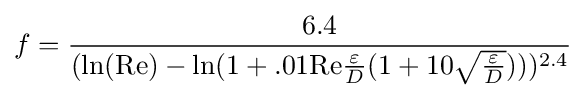
f={\frac {6.4}{(\ln(\mathrm {Re} )-\ln(1+.01\mathrm {Re} {\frac {\varepsilon }{D}}(1+10{\sqrt {\frac {\varepsilon }{D}}})))^{2.4}}}